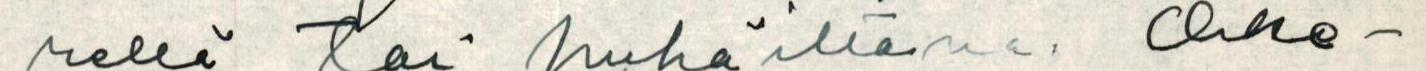
rellä tai pyhäiltana. Oike-